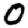
Digit: 0